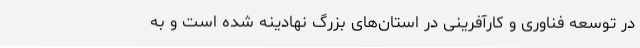
در توسعه فناوری و کارآفرینی در استان‌های بزرگ نهادینه شده است و به